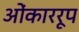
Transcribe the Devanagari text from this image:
ओंकाररूप